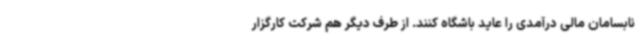
نابسامان مالی درآمدی را عاید باشگاه کنند. از طرف دیگر هم شرکت کارگزار